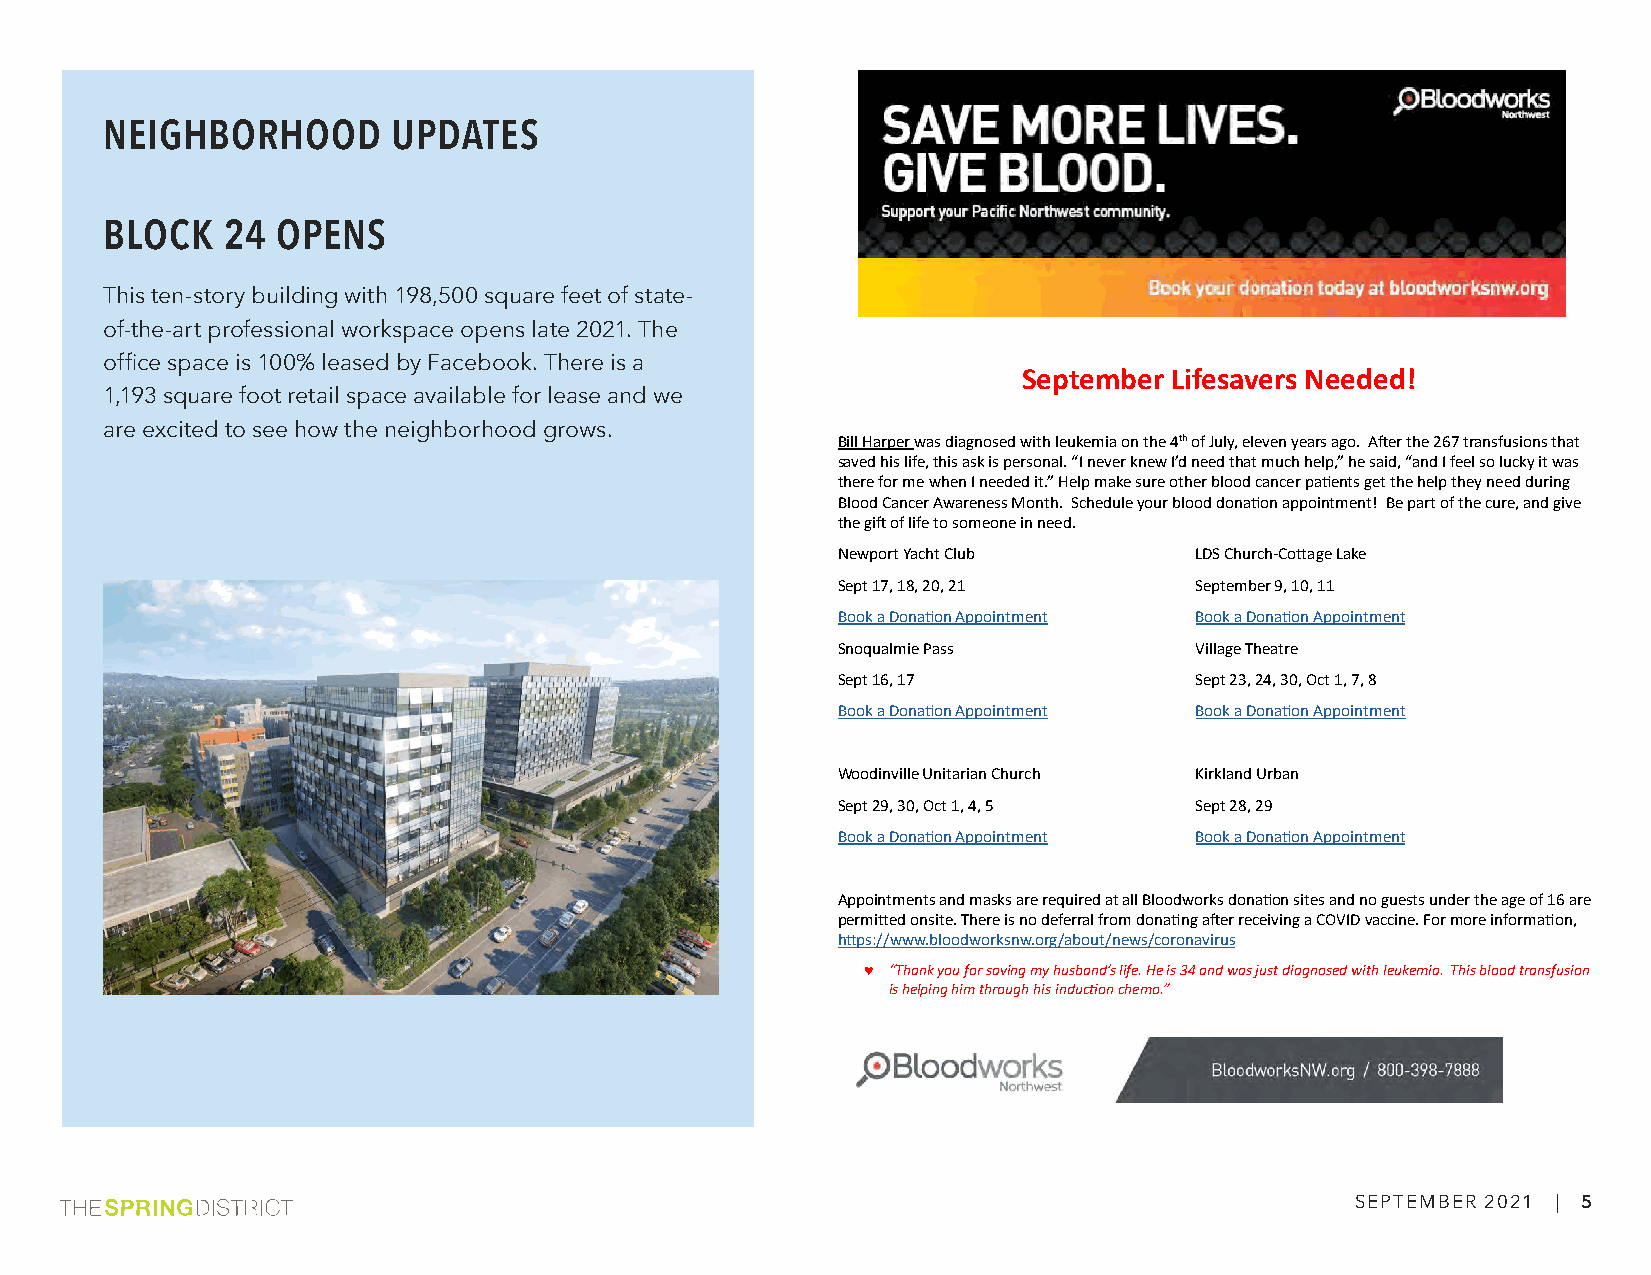
NEIGHBORHOOD       UPDATES
 BLOCK   24 OPENS
 This ten-story building with 198,500 square feet of state-
 of-the-art professional workspace opens late 2021. The
 office space is 100% leased by Facebook. There is a
 September Lifesavers Needed!
 1,193 square foot retail space available for lease and we
 are excited to see how the neighborhood grows.
 Bill Harper was diagnosed with leukemia on the 4th of July, eleven years ago. After the 267 transfusions that
 saved his life, this ask is personal. “I never knew I’d need that much help,” he said, “and I feel so lucky it was
 there for me when I needed it.” Help make sure other blood cancer patients get the help they need during
 Blood Cancer Awareness Month. Schedule your blood donation appointment! Be part of the cure, and give
 the gift of life to someone in need.
 Newport Yacht Club      LDS Church-Cottage Lake
 Sept 17, 18, 20, 21     September 9, 10, 11
 Book a Donation Appointment Book a Donation Appointment
 Snoqualmie Pass         Village Theatre
 Sept 16, 17             Sept 23, 24, 30, Oct 1, 7, 8
 Book a Donation Appointment Book a Donation Appointment
 Woodinville Unitarian Church Kirkland Urban
 Sept 29, 30, Oct 1, 4, 5 Sept 28, 29
 Book a Donation Appointment Book a Donation Appointment
 Appointments and masks are required at all Bloodworks donation sites and no guests under the age of 16 are
 permitted onsite. There is no deferral from donating after receiving a COVID vaccine. For more information,
 https://www.bloodworksnw.org/about/news/coronavirus
 ♥ “Thank you for saving my husband’s life. He is 34 and was just diagnosed with leukemia. This blood transfusion
 is helping him through his induction chemo.”
 SEPTEMBER 2021 | 5